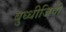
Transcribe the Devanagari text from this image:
बुध्धीजिवी